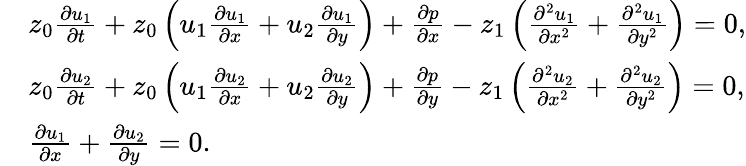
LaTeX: \begin{array}{rl}&{z_{0}\frac{\partial u_{1}}{\partial t}+z_{0}\left(u_{1}\frac{\partial u_{1}}{\partial x}+u_{2}\frac{\partial u_{1}}{\partial y}\right)+\frac{\partial p}{\partial x}-z_{1}\left(\frac{\partial^{2}u_{1}}{\partial x^{2}}+\frac{\partial^{2}u_{1}}{\partial y^{2}}\right)=0,}\\ &{z_{0}\frac{\partial u_{2}}{\partial t}+z_{0}\left(u_{1}\frac{\partial u_{2}}{\partial x}+u_{2}\frac{\partial u_{2}}{\partial y}\right)+\frac{\partial p}{\partial y}-z_{1}\left(\frac{\partial^{2}u_{2}}{\partial x^{2}}+\frac{\partial^{2}u_{2}}{\partial y^{2}}\right)=0,}\\ &{\frac{\partial u_{1}}{\partial x}+\frac{\partial u_{2}}{\partial y}=0.}\end{array}